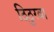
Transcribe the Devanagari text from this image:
ठिठुरवा